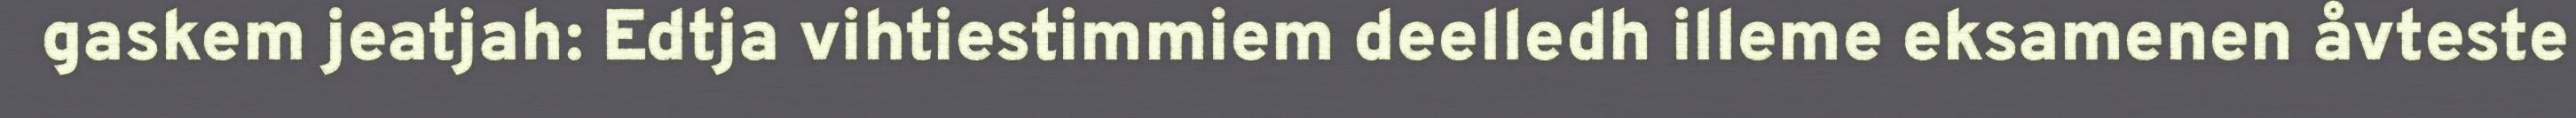
gaskem jeatjah: Edtja vihtiestimmiem deelledh illeme eksamenen åvteste